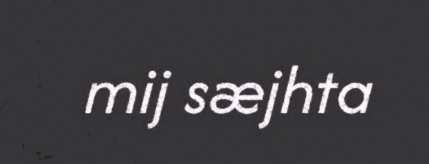
mij sæjhta